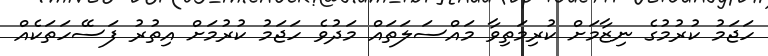
ހަޖަމު ކުރުމުގެ ނިޒާމަށް ކުރިމަތިވާ މައްސަލަތައް މަދުވެ ހަޖަމު ކުރުމަށް އިތުރު ފަސޭހަތަކެއް